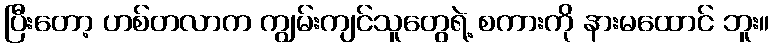
ပြီးတော့ ဟစ်တလာက ကျွမ်းကျင်သူတွေရဲ့ စကားကို နားမထောင် ဘူး။